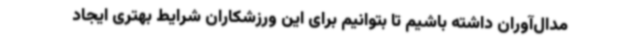
مدال‌آوران داشته باشیم تا بتوانیم برای این ورزشکاران شرایط بهتری ایجاد